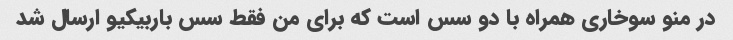
در منو سوخاری همراه با دو سس است که برای من فقط سس باربیکیو ارسال شد